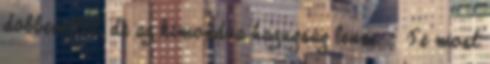
döbbenettől, de az kimondva hazugság lenne. – Te most